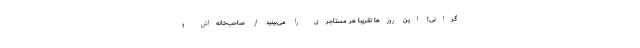
گرانی! این روزها تقریبا هر مستاجری را می‌بینید از صاحب‌خانه‌اش و